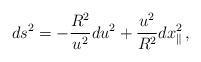
LaTeX: \begin{align*}ds^2 = - \frac{R^2}{u^2} du^2 + \frac{u^2}{R^2} dx_{\parallel}^2\, ,\end{align*}